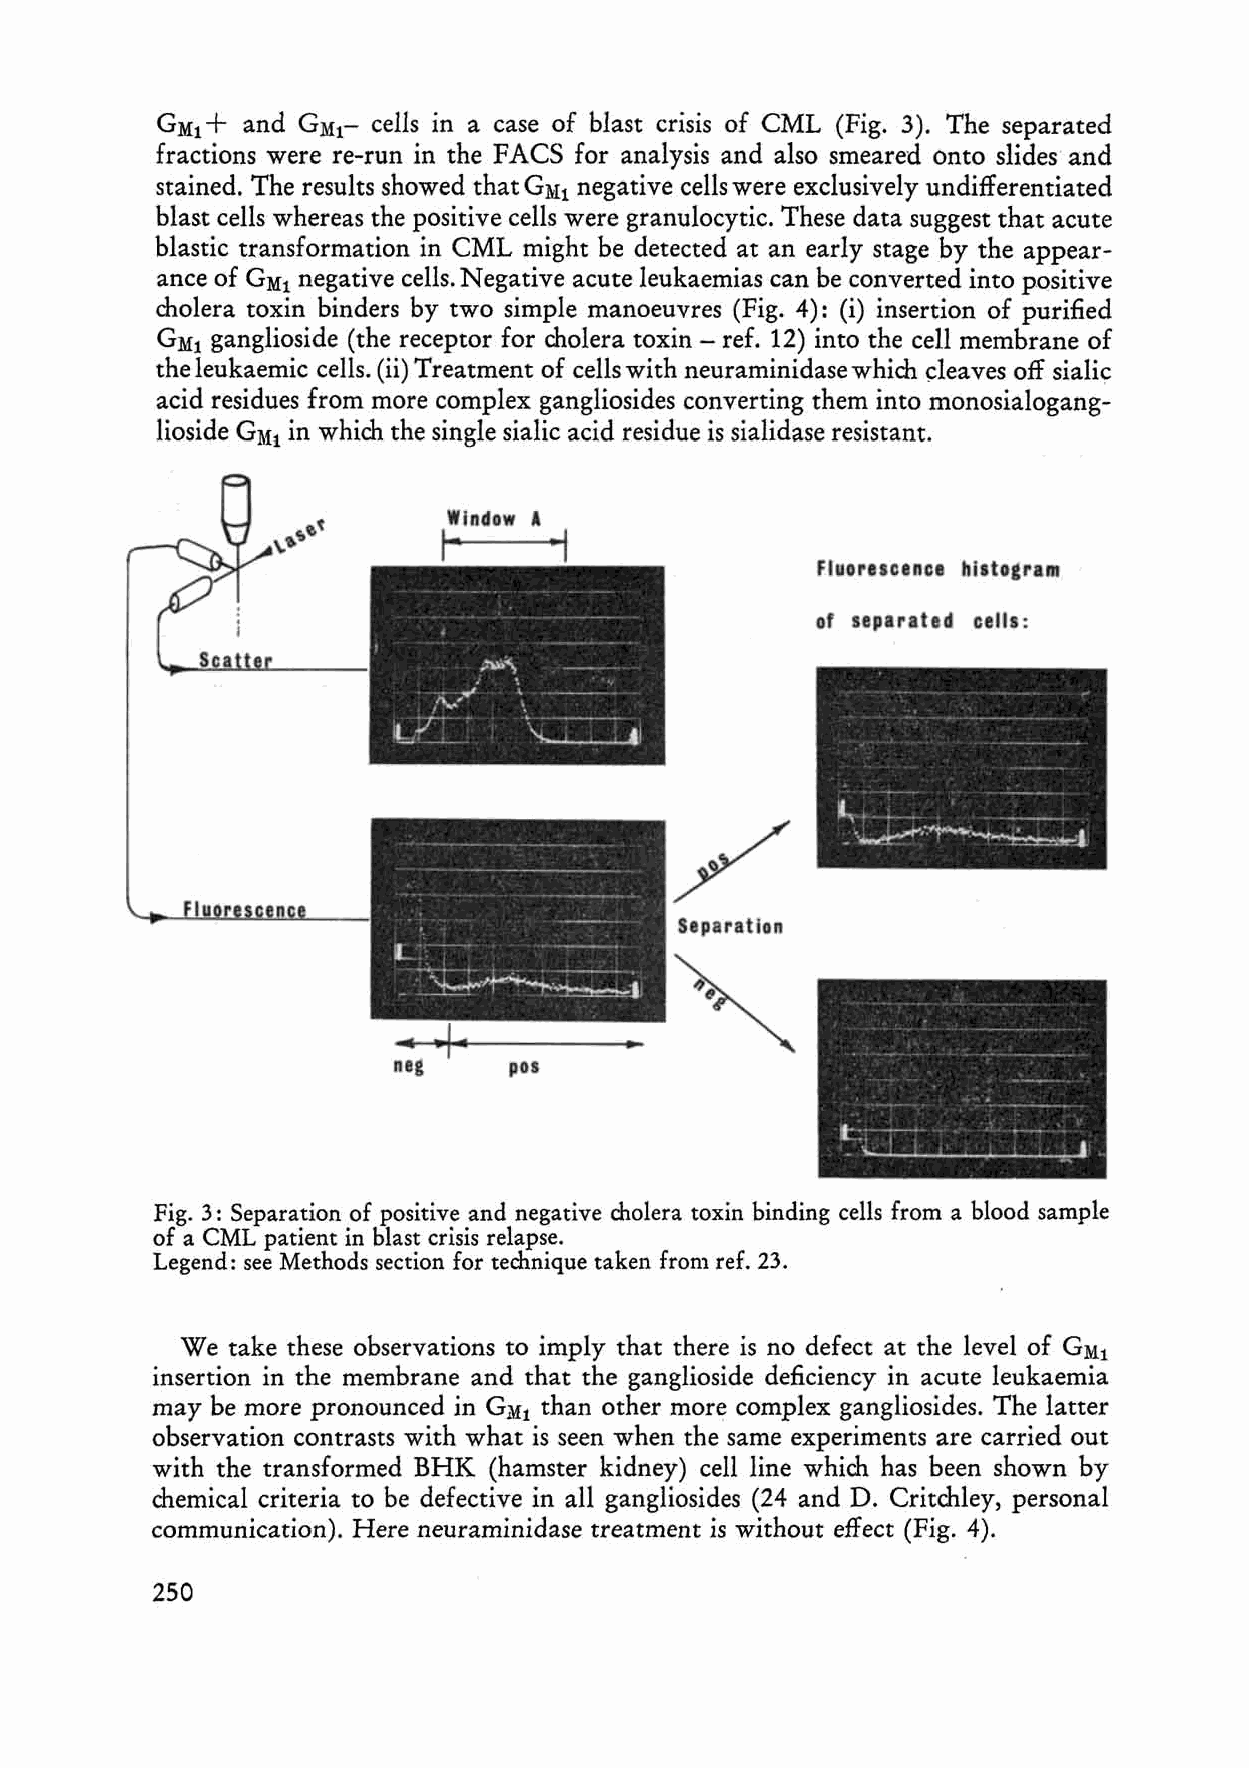
+
 GMl  and GMC  cells in a case of blast crisis of CML (Fig. 3). The separated
 fractions were re-run in the FACS for analysis and also smeared Onto slides and
 stained. The results showed that GMl negative cells were exclusively undifferentiated
 blast cells whereas the positive cells were granulocytic. These data suggest that acute
 blastic transformation in CML might be detected at an early stage by the appear
 ance of GMl negative cells. Negative acute leukaemias can be converted into positive
 cholera toxin binders by two simple manoeuvres (Fig. 4): (i) insertion of purified
 GMl ganglioside (the receptor for cholera toxin - ref. 12) into the cell membrane of
 the leukaemic cells. (ii) Treatment of cells with neuraminidase which deaves off sialic
 acid residues from more complex gangliosides converting them into monosialogang
 lioside GlIh in wh ich the single sialic acid residue is sialidase resistant.
 Flaouseenee lIiltogram
 of separated cells:
 neg     pos
 Fig. 3: Separation of positive and negative cholera toxin binding cells from a blood sampie
 of a CML patient in blast crisis relapse.
 Legend: see Methods section for technique taken from ref. 23.
 We take these observations to imply that there is no defect at the level of GM1
 insertion in the membrane and that the ganglioside deficiency in acute leukaemia
 may be more pronounced in GMl than other more complex gangliosides. The latter
 observation contrasts with what is seen when the same experiments are carried out
 with the transformed BHK (hamster kidney) cell line which has been shown by
 chemie al criteria to be defective in all gangliosides (24 and D. Critchley, personal
 communication). Here neuraminidase treatment is without effeet (Fig. 4).
 250